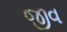
જીવ